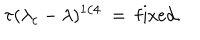
\tau ( \lambda _ { c } - \lambda ) ^ { 1 / 4 } \ = \ \mathrm { f i x e d } .